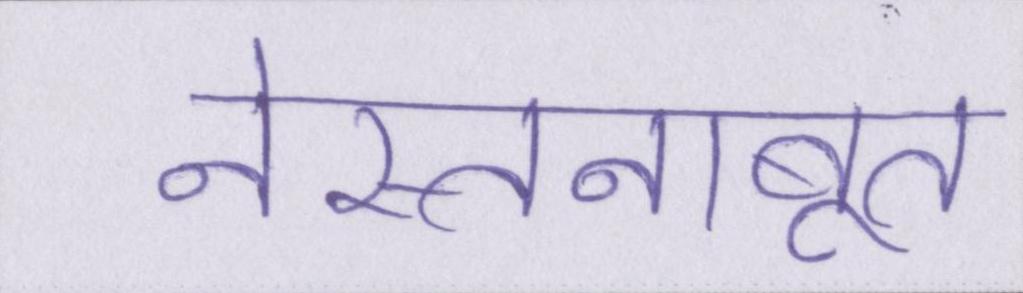
नेस्तनाबूत